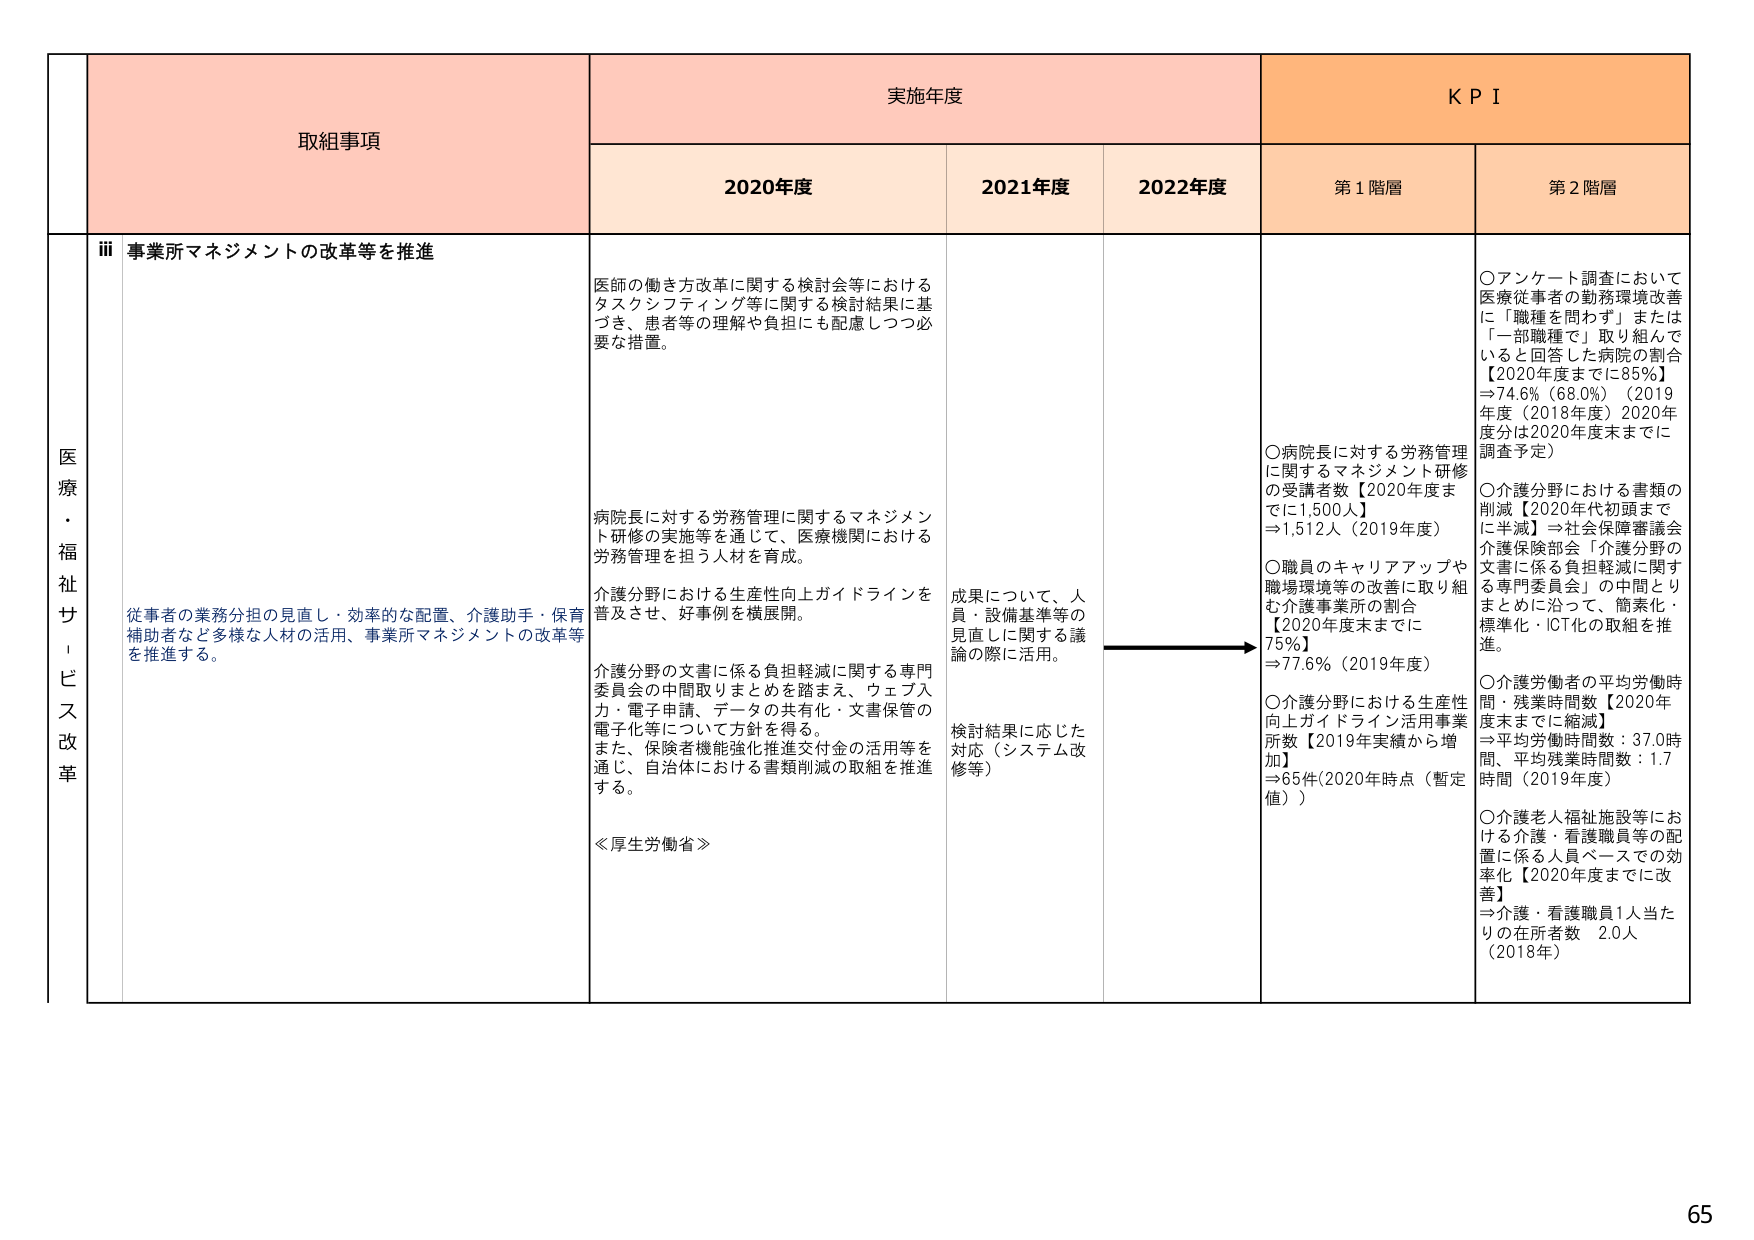
医療・福祉サービス改革

取組事項
ⅲ 事業所マネジメントの改革等を推進
従事者の業務分担の見直し・効率的な配置、介護助手・保育補助者など多様な人材の活用、事業所マネジメントの改革等を推進する。

実施年度
2020年度
医師の働き方改革に関する検討会等におけるタスクンフティング等に関する検討結果に基づき、患者等の理解や負担にも配慮しつつ必要な措置。
病院長に対する労務管理に関するマネジメント研修の実施等を通じて、医療機関における労務管理を担う人材を育成。
介護分野における生産性向上ガイドラインを普及させ、好事例を横展開。
介護分野の文書に係る負担軽減に関する専門委員会の中間取りまとめを踏まえ、ウェブ入力・電子申請、データの共有化・文書保管の電子化等について方針を得る。
また、保険者機能強化推進交付金の活用等を通じ、自治体における書類削減の取組を推進する。
≪厚生労働省≫

2021年度
成果について、人員・設備基準等の見直しに関する議論の際に活用。
検討結果に応じた対応（システム改修等）

2022年度

KPI
第1階層
○病院長に対する労務管理に関するマネジメント研修の受講者数【2020年度までに1,500人】⇒1,512人（2019年度）
○職員のキャリアアップや職場環境等の改善に取り組む介護事業所の割合【2020年度末までに75%】⇒77.6%（2019年度）
○介護分野における生産性向上ガイドライン活用事業所数【2019年実績から増加】⇒65件(2020年時点（暫定値）)

第2階層
○アンケート調査において医療従事者の勤務環境改善に「職種を問わず」または「一部職種で」取り組んでいると回答した病院の割合【2020年度までに85%】⇒74.6%（68.0%）（2019年度（2018年度）2020年度分は2020年度末までに調査予定）
○介護分野における書類の削減【2020年代初頭までに半減】⇒社会保障審議会介護保険部会「介護分野の文書に係る負担軽減に関する専門委員会」の中間とりまとめに沿って、簡素化・標準化・ICT化の取組を推進。
○介護労働者の平均労働時間・残業時間数【2020年度末までに縮減】⇒平均労働時間数：37.0時間、平均残業時間数：1.7時間（2019年度）
○介護老人福祉施設等における介護・看護職員等の配置に係る人員ベースでの効率化【2020年度までに改善】⇒介護・看護職員1人当たりの在所者数 2.0人（2018年）

65